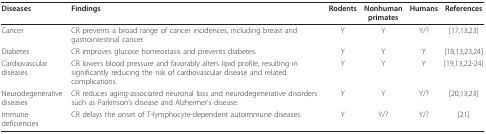
| Diseases | Findings | Rodents | Nonhuman primates | Humans | References |
 | --- | --- | --- | --- | --- | --- |
 | Cancer | CR prevents a broad range of cancer incidences, including breast and gastrointestinal cancer. | Y | Y | Y/? | [17,13,23] |
 | Diabetes | CR improves glucose homeostasis and prevents diabetes. | Y | Y | Y | [18,13,23,24] |
 | Cardiovascular diseases | CR lowers blood pressure and favorably alters lipid profile, resulting in significantly reducing the risk of cardiovascular disease and related complications. | Y | Y | Y | [19,13,22-24] |
 | Neurodegenerative diseases | CR reduces aging-associated neuronal loss and neurodegenerative disorders such as Parkinson's disease and Alzheimer's disease. | Y | Y | Y/? | [20,13,23] |
 | Immune deficiencies | CR delays the onset of T-lymphocyte-dependent autoimmune diseases. | Y | Y/? | Y/? | [21] |